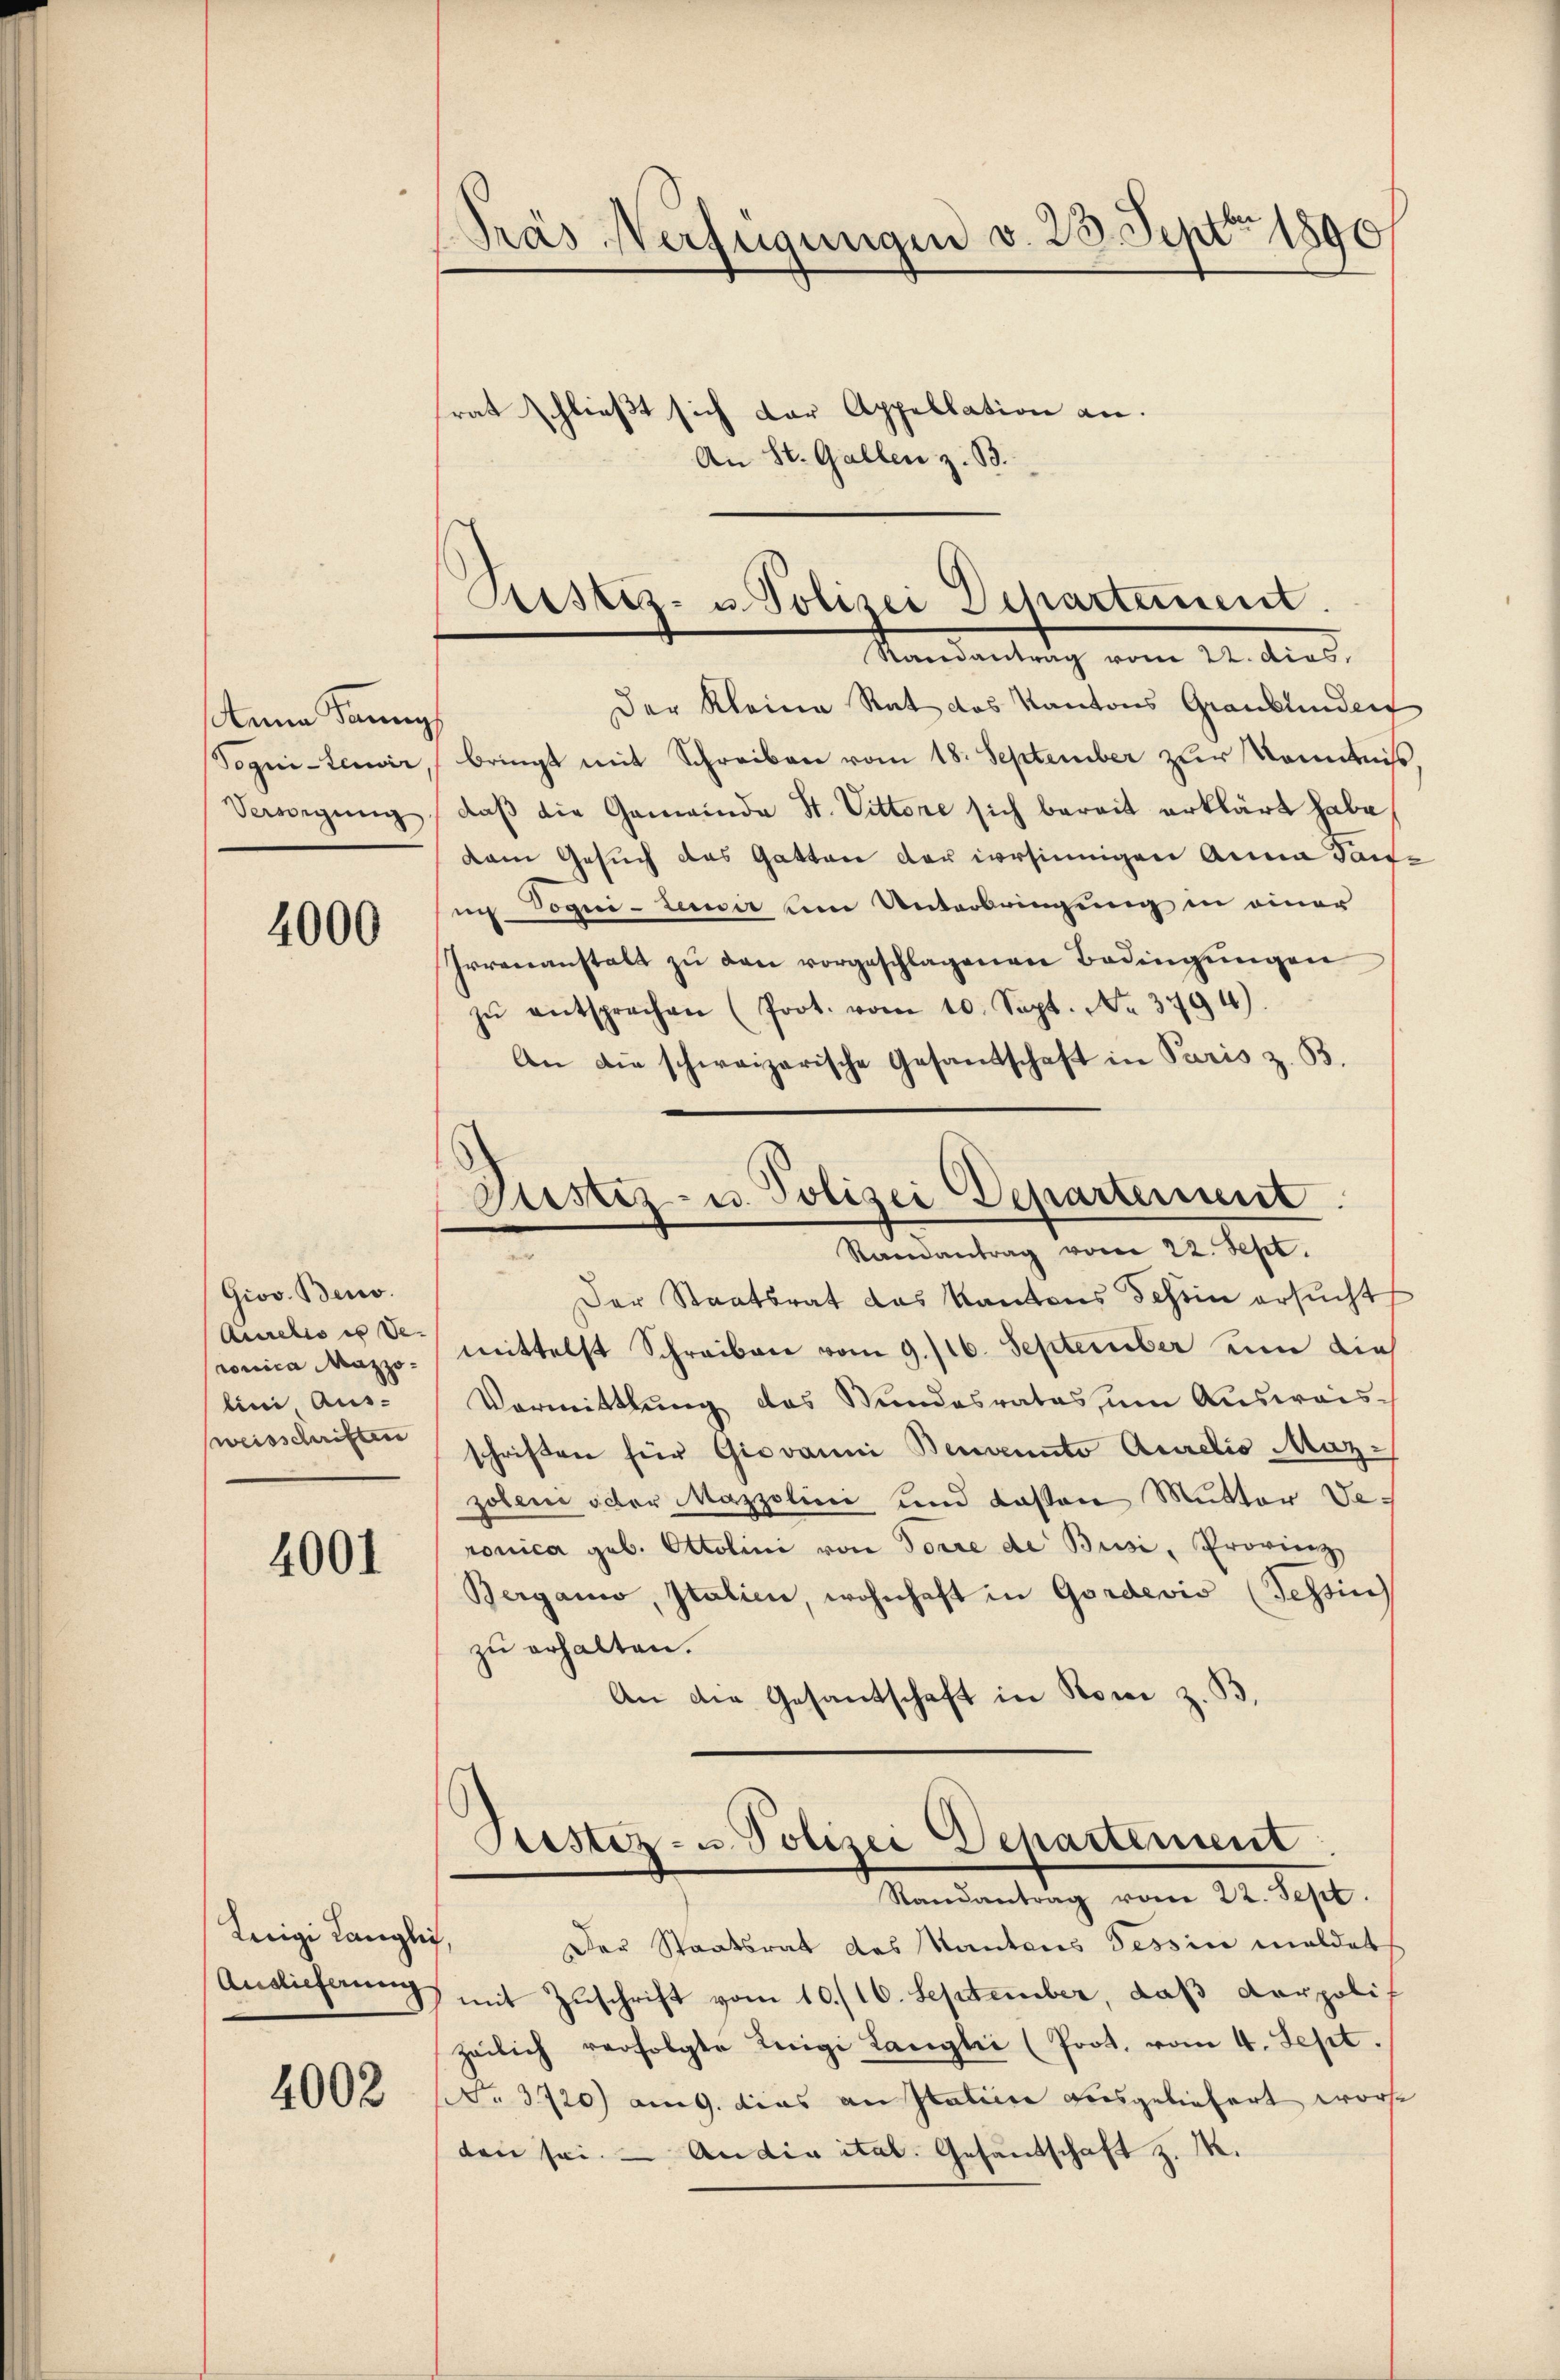
steine dann
Vogui-Leuwir

4000

Giov. Beno.
ronica Mazzo-
lini, Ausweisschriften

4001

Luigi länglich,
Auslieferung

4002

Pras Verfügungen v. 23. Sept 1890
frat schließt sich der Appellation an.
An St. Gallen z. B.

Pestiz- u. Polizei Departement.
Randantrag vom 22. dies

Der Kleine Rat das Kantons Graubünden
bringt mit Schreiben vom 18. September zur Kenntniß
Seigŭng, daβ die Gemeinde St. Vittore sich bereit erklärt habe
dam Gesuch das Gatten der irrsinnigen Anna Tante
un Vogui-Lessir um Unterbringung in einer
Irrenanstalt zu den vorgeschlagenen Bedingungen
zŭ entsprechen (Prot. vom 10. Sept. No. 3794).
An die schweizerische Gesandschaft in Paris z. B.
Der Staatsrat das Kantons Tessin ersucht
Aurelis et mittelst Schreiben vom 9./16. September um dies
Vormittlung des Stundesrates um Ausweis-
schriften für Giovanni Bemento Aurelio Mazzoleni oder Mazzolini und Kasten Mutter Veronica geb. Ottolini von Torre de Busi, Provinz
Berganio, Italien, wohnhaft in Gordevis (Tessin
zu erhalten.
An die Gesandschaft in Boni z. B.

.
Justiz- u. Polizei Departement
Randantrag vom 22. Sept.

Giestez- u Polizei Departement
Randantrag vom 22. Sept.

Der Staatsrat des Kantons Tessin meldets
mit Zuschrift vom 10./10. September, daß Karpolif
zeilich verfolgte Leigi Langli (Prot. vom 4. Sept.
No 3720) am 9. dies an Italiere Brosgeliefert worde
den sei. — An die ital. Gesandtschaft z. M.